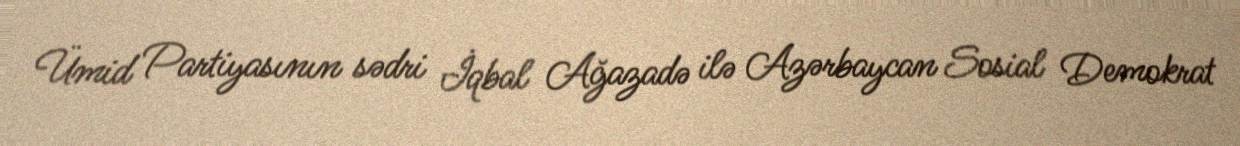
Ümid Partiyasının sədri İqbal Ağazadə ilə Azərbaycan Sosial Demokrat